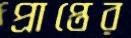
প্রাপ্তের